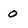
Character: 0